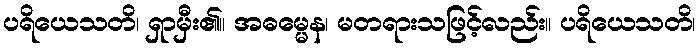
ပရိယေသတိ၊ ရှာမှီး၏။ အဓမ္မေန၊ မတရားသဖြင့်လည်း။ ပရိယေသတိ၊